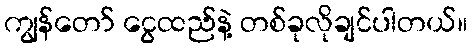
ကျွန်တော် ငွေထည်နဲ့ တစ်ခုလိုချင်ပါတယ်။